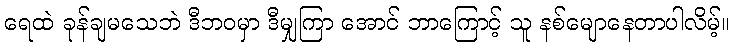
ရေထဲ ခုန်ချမသေဘဲ ဒီဘဝမှာ ဒီမျှကြာ အောင် ဘာကြောင့် သူ နစ်မျောနေတာပါလိမ့်။